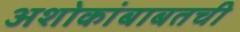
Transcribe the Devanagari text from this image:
अशोकांबाबतची